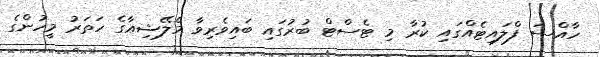
ހާއްސަ ފްލައިޓެއްގައި ކުރާ މި ޓެސްޓް ބުރުގައި ބައިވެރިވާ މެލޭޝިއާގެ ހަތަރު މީހުންގެ